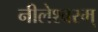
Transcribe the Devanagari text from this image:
नीलेश्वरम्